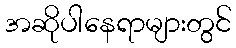
အဆိုပါနေရာများတွင်